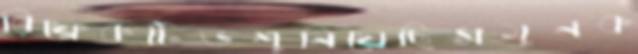
রিফ্লেকটিভশুনিয়েছিসমুনক